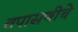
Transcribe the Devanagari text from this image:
तपासणीचे